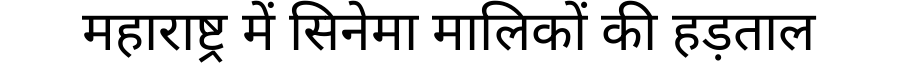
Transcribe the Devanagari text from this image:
महाराष्ट्र में सिनेमा मालिकों की हड़ताल